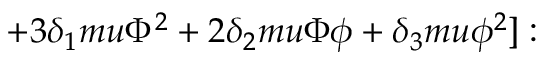
+ 3 \delta _ { 1 } m u \Phi ^ { 2 } + 2 \delta _ { 2 } m u \Phi \phi + \delta _ { 3 } m u \phi ^ { 2 } ] :